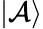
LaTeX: \left|\mathcal{A}\right\rangle